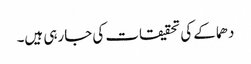
دھماکے کی تحقیقات کی جارہی ہیں۔